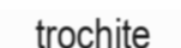
trochite